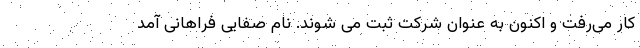
کار می‌رفت و اکنون به عنوان شرکت ثبت می شوند. نام صفایی فراهانی آمد